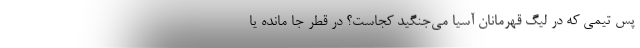
پس تیمی که در لیگ قهرمانان آسیا می‌جنگید کجاست؟ در قطر جا مانده یا